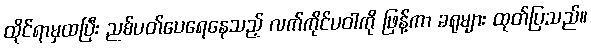
ထိုင်ရာမှထပြီး ညစ်ပတ်ပေရေနေသည့် လက်ကိုင်ပဝါကို ဖြန့်ကာ ခရုများ ထုတ်ပြသည်။